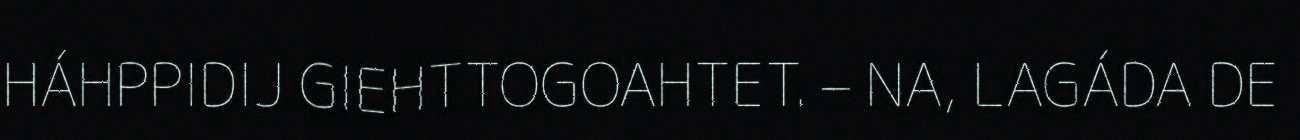
HÁHPPIDIJ GIEHTTOGOAHTET. – NA, LAGÁDA DE